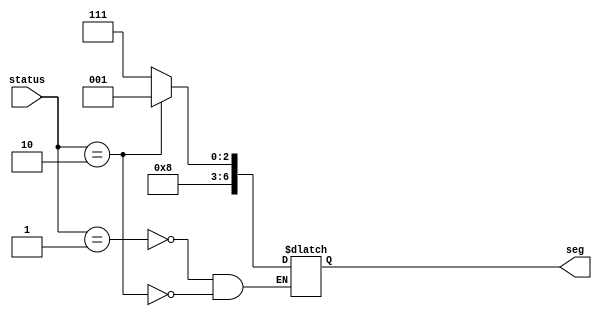
//common annode
module sevensegment(
input [1:0] status,
output reg[6:0] seg
);
always @(status)
begin
case(status)
2'b01:seg =7'b1000111; //lock
2'b10:seg =7'b1000001;  //unlock
endcase
end

endmodule